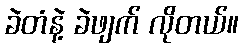
ခဲတံနဲ့ ခဲဖျက် လိုတယ်။